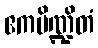
ဧကပိဏ္ဍိတံ